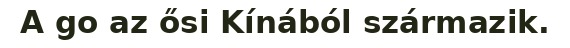
A go az ősi Kínából származik.